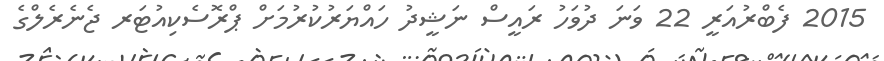
2015 ފެބްރުއަރީ 22 ވަނަ ދުވަހު ރައީސް ނަޝީދު ހައްޔަރުކުރުމަށް ޕްރޮސެކިއުޓަރ ޖެނެރެލްގެ